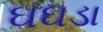
ઘઘડા